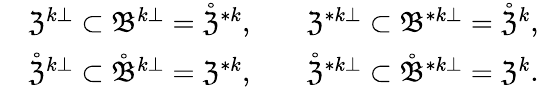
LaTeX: \begin{array}{rlr}&{\mathfrak{Z}^{k\bot}\subset\mathfrak{B}^{k\bot}=\mathring{\mathfrak{Z}}^{\ast k},\quad}&{\mathfrak{Z}^{\ast k\bot}\subset\mathfrak{B}^{\ast k\bot}=\mathring{\mathfrak{Z}}^{k},}\\ &{\mathring{\mathfrak{Z}}^{k\bot}\subset\mathring{\mathfrak{B}}^{k\bot}=\mathfrak{Z}^{\ast k},\quad}&{\mathring{\mathfrak{Z}}^{\ast k\bot}\subset\mathring{\mathfrak{B}}^{\ast k\bot}=\mathfrak{Z}^{k}.}\end{array}